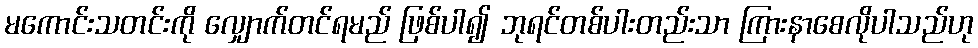
မကောင်းသတင်းကို လျှောက်တင်ရမည် ဖြစ်ပါ၍ ဘုရင်တစ်ပါးတည်းသာ ကြားနာစေလိုပါသည်ဟု